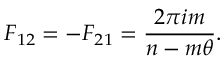
F _ { 1 2 } = - F _ { 2 1 } = \frac { 2 \pi i m } { n - m \theta } .